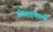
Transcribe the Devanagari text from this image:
प्रोत्साहनकर्त्ता